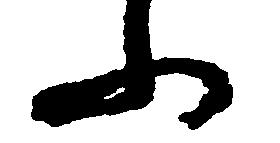
ふ